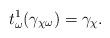
LaTeX: \begin{align*} t_{\omega}^{1}(\gamma_{\chi \omega}) = \gamma_{\chi}.\end{align*}